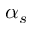
\alpha _ { s }